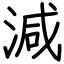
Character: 減